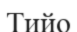
Тийо